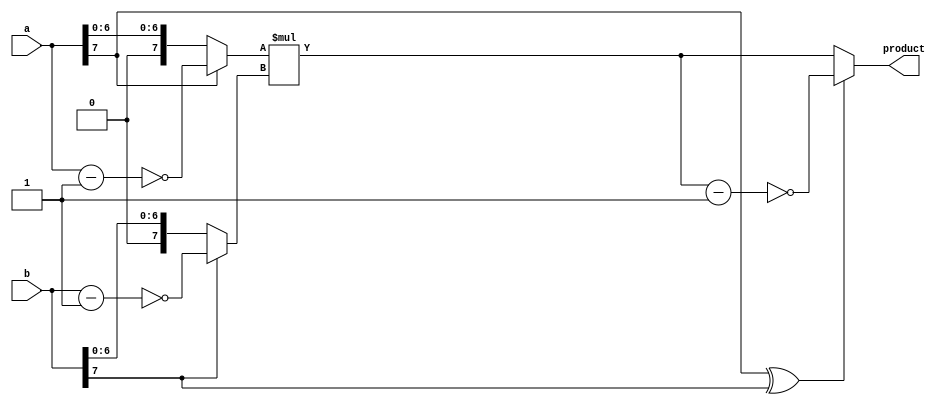
 module mult_tc(a,b,product);
 parameter       a_width = 8;
 parameter       b_width = 8;
 input   [a_width-1:0]   a;
 input   [b_width-1:0]   b;
 output  [a_width+b_width-1:0]   product;
         
 wire    sign;
 wire    [a_width-1:0]   temp_a;
 wire    [b_width-1:0]   temp_b;
 wire    [a_width+b_width-1:0]   long_temp;
           
 assign sign = a[a_width-1] ^ b[b_width-1];  
 assign temp_a = (a[a_width-1] == 1'b1)? ~(a - 1'b1) : a;   
 assign temp_b = (b[b_width-1] == 1'b1)? ~(b - 1'b1) : b;   
 assign long_temp = temp_a * temp_b; 
 assign product = (sign == 1'b1) ? ~(long_temp - 1'b1) : long_temp;   
 
 endmodule